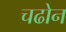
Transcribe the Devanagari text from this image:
चढोन